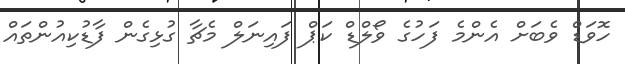
ހޮވަޑް ވެބަށް އެންމެ ފަހުގެ ވޯލްޑް ކަޕް ފައިނަލް މެޗާ ގުޅިގެން ފާޑުކިއުންތައް